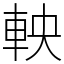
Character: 軮